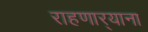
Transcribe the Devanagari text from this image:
राहणार्‍याना